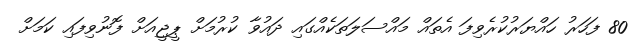
80 ފަހަރު ހައްޔަރުކުރެވިފަ އެތައް މައްސަލަތަކެއްގައި ދައުވާ ކުރުމަށް ޕީޖީއަށް ފޮނުވިފައި ކަމަށް